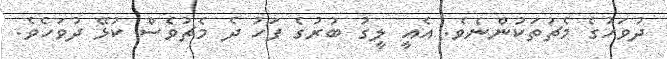
ދުވަހުގެ މެޗުތަކުންނެވެ. އެއީ ލީގު ބުރުގެ ފަހު ދެ މެޗުވެސް ކުޅޭ ދުވަހެވެ.